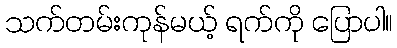
သက်တမ်းကုန်မယ့် ရက်ကို ပြောပါ။